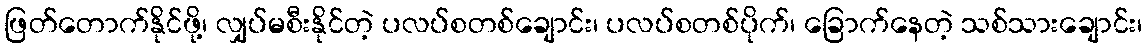
ဖြတ်တောက်နိုင်ဖို့၊ လျှပ်မစီးနိုင်တဲ့ ပလပ်စတစ်ချောင်း၊ ပလပ်စတစ်ပိုက်၊ ခြောက်နေတဲ့ သစ်သားချောင်း၊